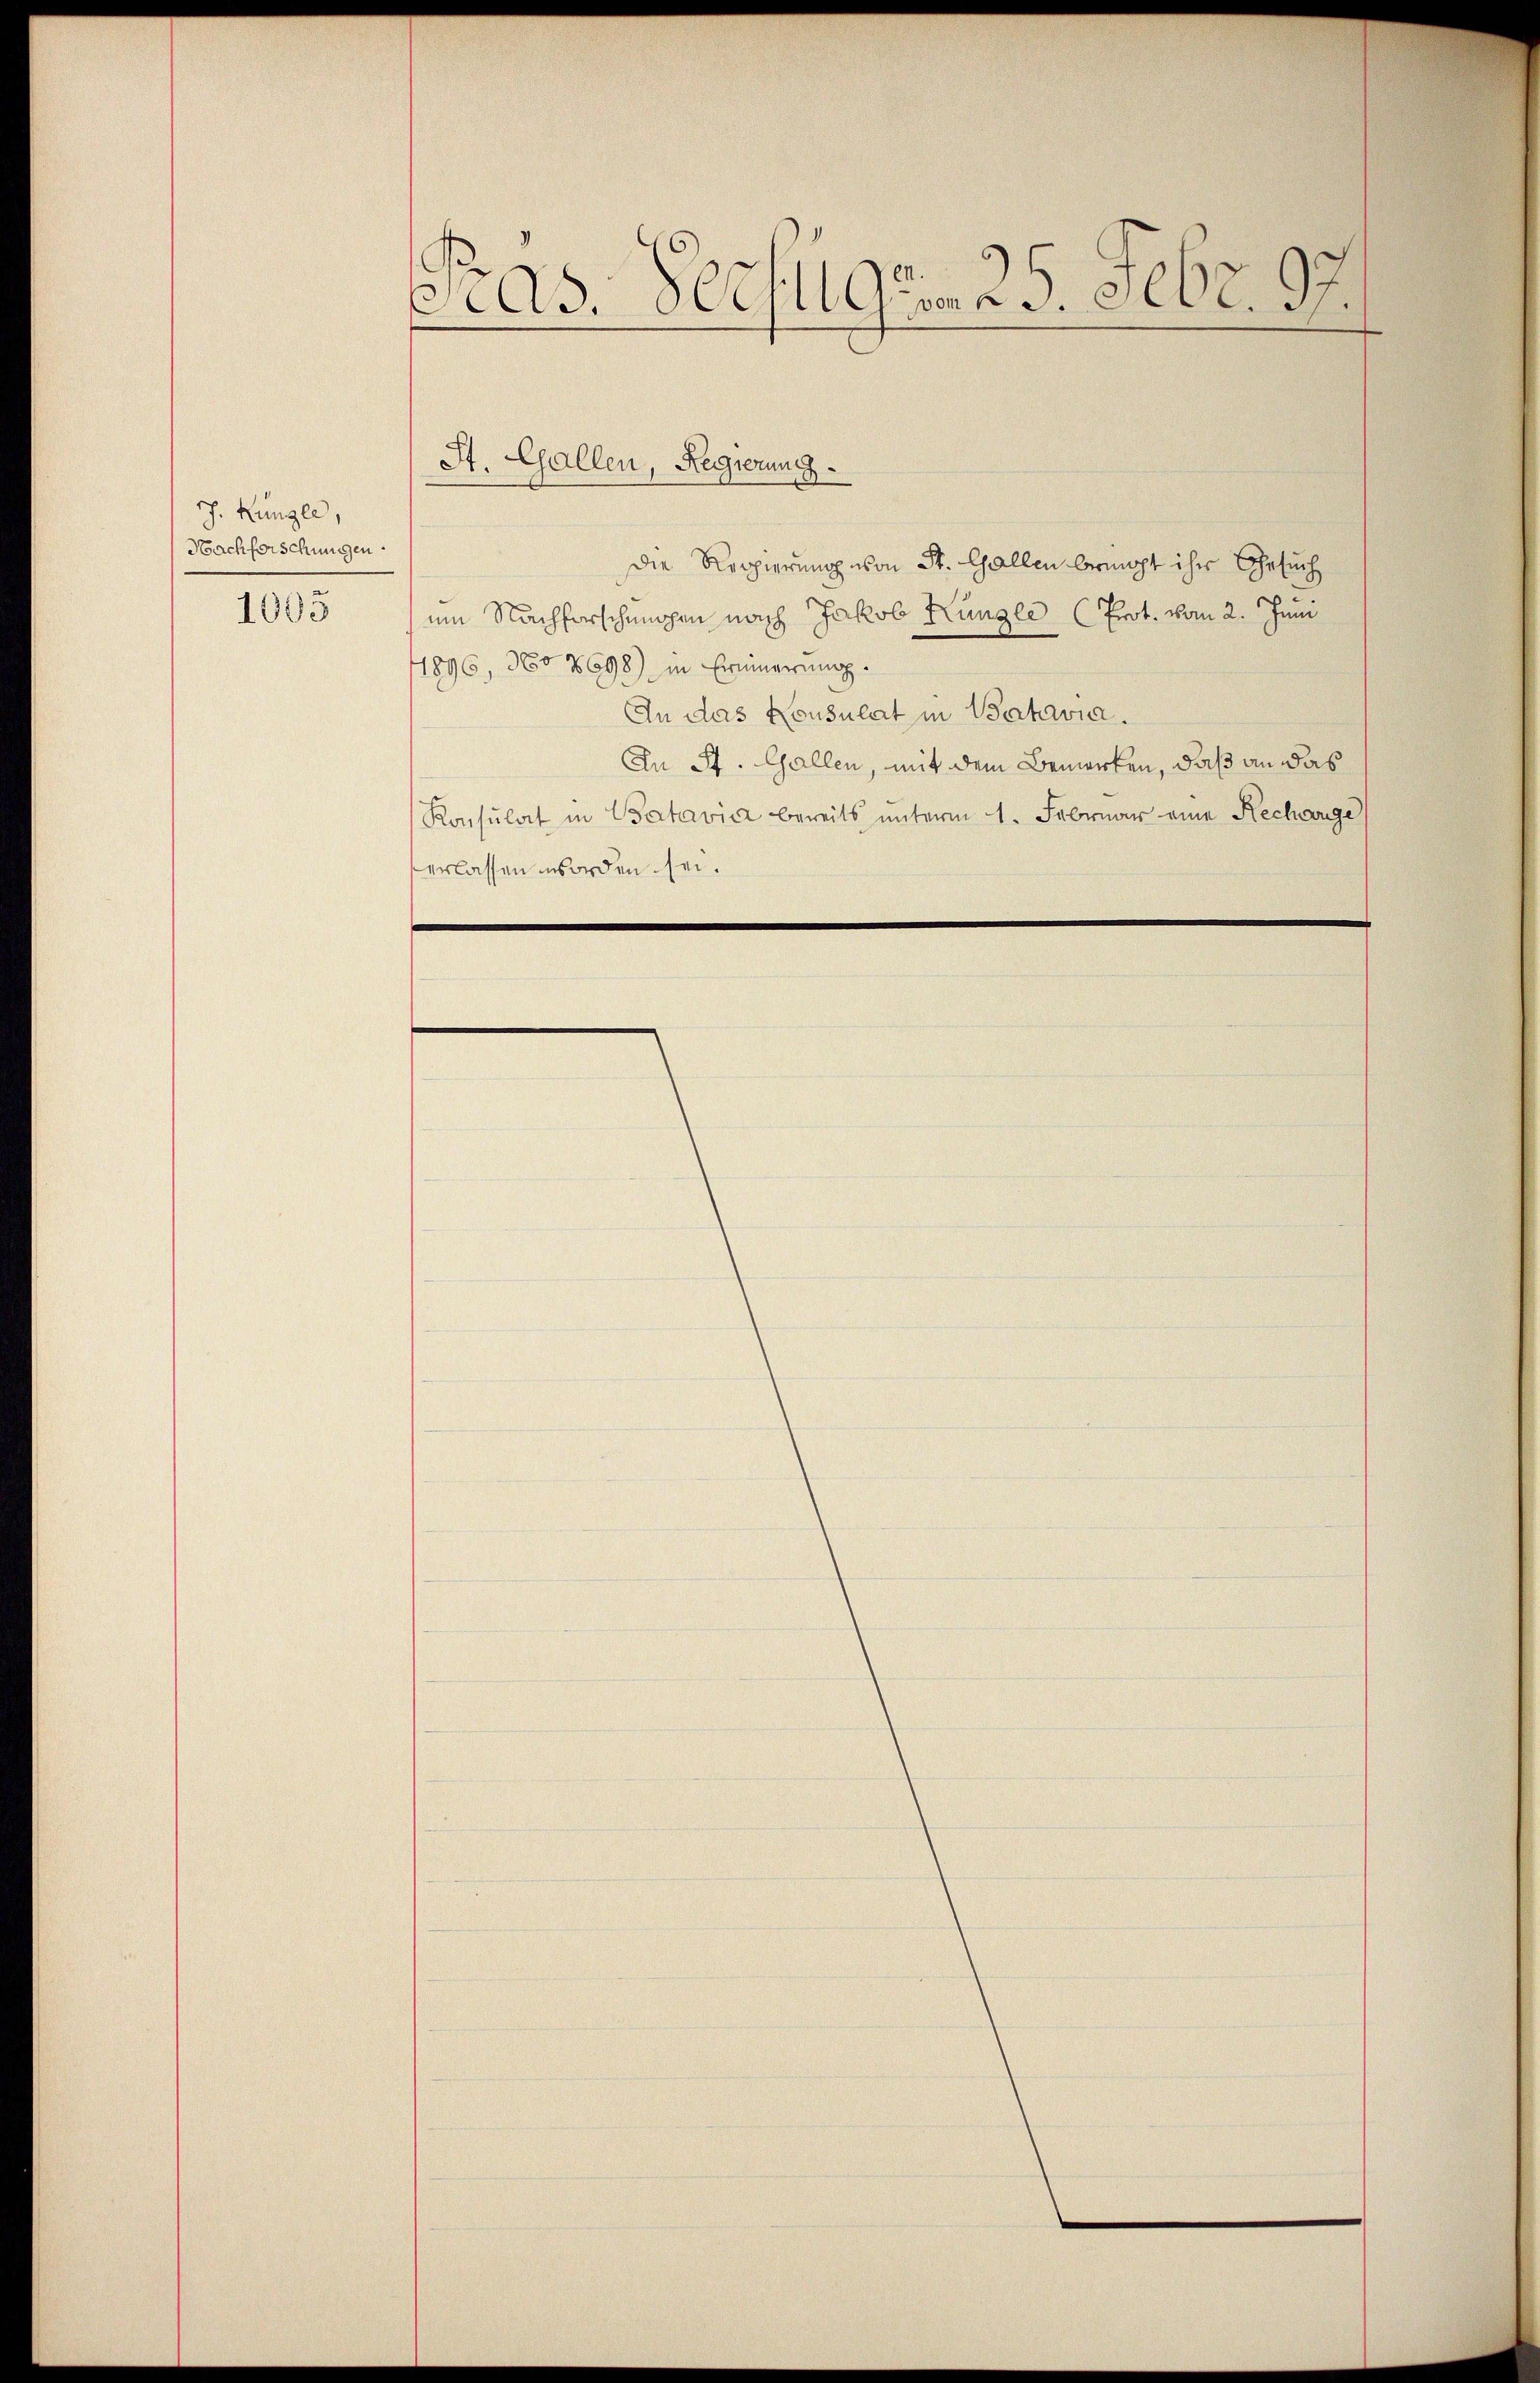
J. Küngle,
Nachforschungen.
1003

Pras. Verfügen 25. Febr. 97.

Die Reppierung von St. Gallen bringt ihr Gesuch
um Nachforschungen nach Jakob Küngle (Prot. vom 2. Juni
1896, No 8698) in Erinnerung.
An das Konsulat in Behavia.
In St. Gallen, mit dem Bemerken, daß an das
Konsulat in Batavier bereits unterm 1. Februar eine Rechange
verlassen worden sei.

St. Gallen, Regierung